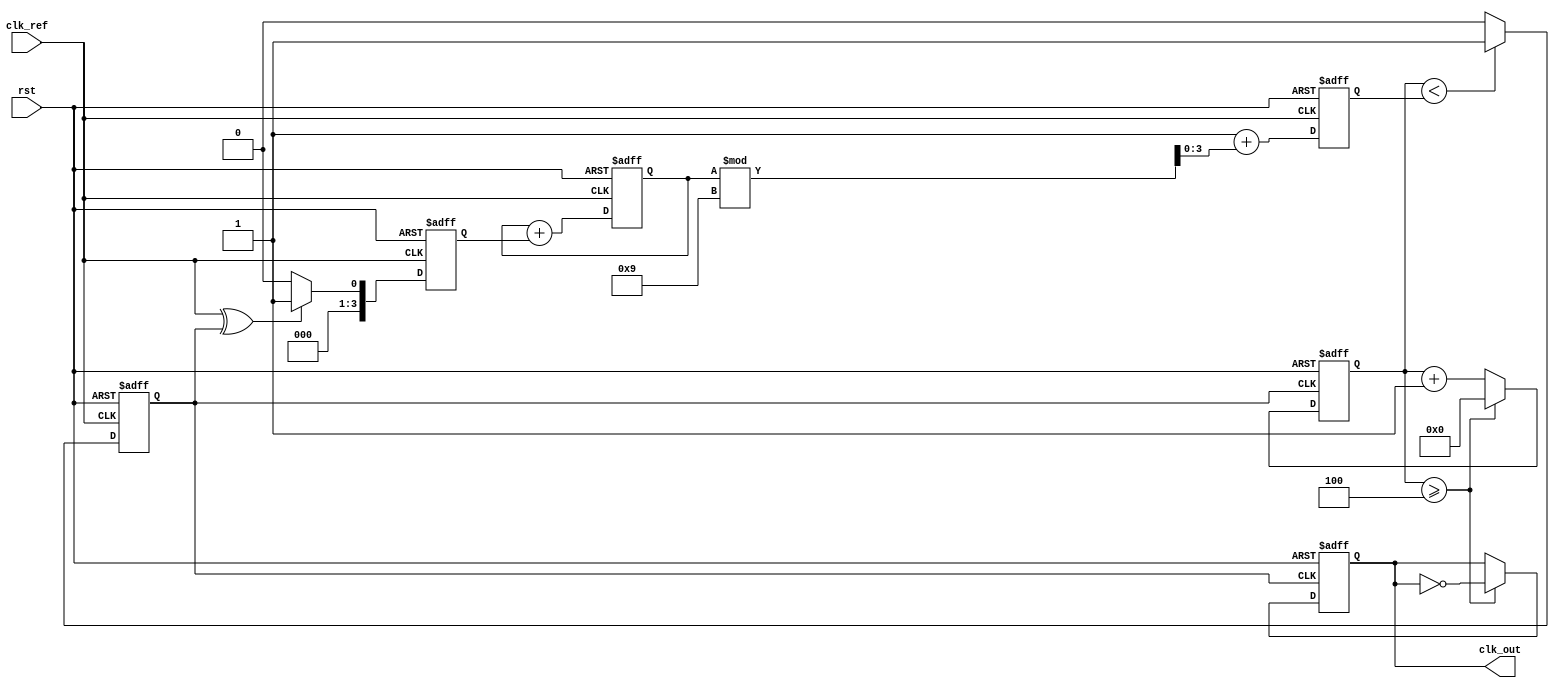
module PLL (
    input wire clk_ref,         // Reference clock
    input wire rst,            // Reset signal
    output reg clk_out         // Output clock
);

    // Parameters
    parameter N = 4;           // Division factor for frequency divider
    parameter VCO_MAX_FREQ = 10; // Maximum VCO frequency
    parameter VCO_MIN_FREQ = 1;  // Minimum VCO frequency

    // Internal signals
    reg [3:0] phase_error;     // Phase error signal
    reg [3:0] vco_control;      // Control signal for VCO
    reg [3:0] vco_freq;         // Current frequency of VCO
    reg [3:0] counter;          // Counter for frequency division
    reg clk_vco;                // VCO output clock

    // Phase Detector (PD)
    always @(posedge clk_ref or posedge rst) begin
        if (rst) begin
            phase_error <= 4'b0;
        end else begin
            // Example phase detector using XOR
            phase_error <= (clk_ref ^ clk_vco) ? 4'b1 : 4'b0; // Simple phase detector
        end
    end

    // Loop Filter (LF)
    always @(posedge clk_ref or posedge rst) begin
        if (rst) begin
            vco_control <= 4'b0;
        end else begin
            // Simple integration for loop filter (could be more complex)
            vco_control <= vco_control + phase_error; // Integrate phase error
        end
    end

    // Voltage-Controlled Oscillator (VCO)
    always @(posedge clk_ref or posedge rst) begin
        if (rst) begin
            vco_freq <= VCO_MIN_FREQ;
            clk_vco <= 0;
        end else begin
            // Control VCO frequency based on control signal
            vco_freq <= VCO_MIN_FREQ + vco_control % (VCO_MAX_FREQ - VCO_MIN_FREQ);
            // Generate the VCO clock based on vco_freq
            clk_vco <= (counter < vco_freq) ? 1 : 0;
        end
    end

    // Frequency Divider
    always @(posedge clk_vco or posedge rst) begin
        if (rst) begin
            counter <= 0;
            clk_out <= 0;
        end else begin
            counter <= counter + 1;
            if (counter >= N) begin
                clk_out <= ~clk_out; // Toggle output clock
                counter <= 0;        // Reset counter
            end
        end
    end

endmodule